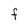
Character: F